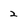
Character: 2